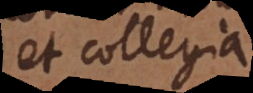
et collegia